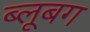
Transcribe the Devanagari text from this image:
ब्लूबग